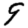
Digit: 9